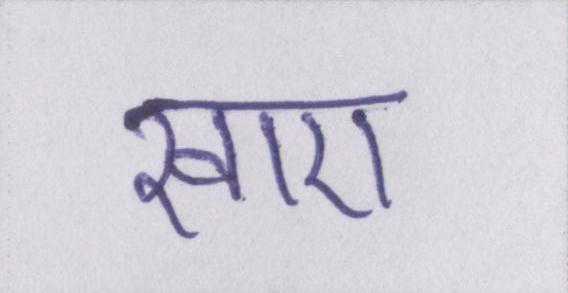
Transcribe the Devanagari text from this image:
खाए